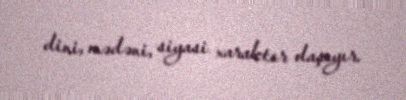
dini, mədəni, siyasi xarakter daşıyır.